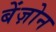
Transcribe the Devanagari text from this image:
बेंज़ोन